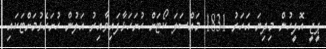
ޕީޖީ އޮފީހުން މިދިޔަ އަހަރު 1831 މައްސަލަ ކޯޓަށް ހުށަހަޅާފައިވާއިރު އަލުން ހުށަހެޅުމަށްޓަކައި